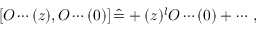
\left[ O \cdots ( z ) , O \cdots ( 0 ) \right] \hat { = } + ( z ) ^ { l } O \cdots ( 0 ) + \cdots \, ,